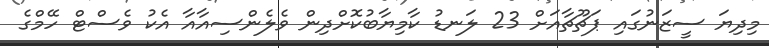
މިދިޔަ ސީޒަނުގައި ޕަޗޫޗާއަށް 23 ލަނޑު ކާމިޔާބުކޮށްދިން ވެލެންސިއާއާ އެކު ވެސްޓް ހޭމްގެ